Trukikaitis_Postimees, lk 19
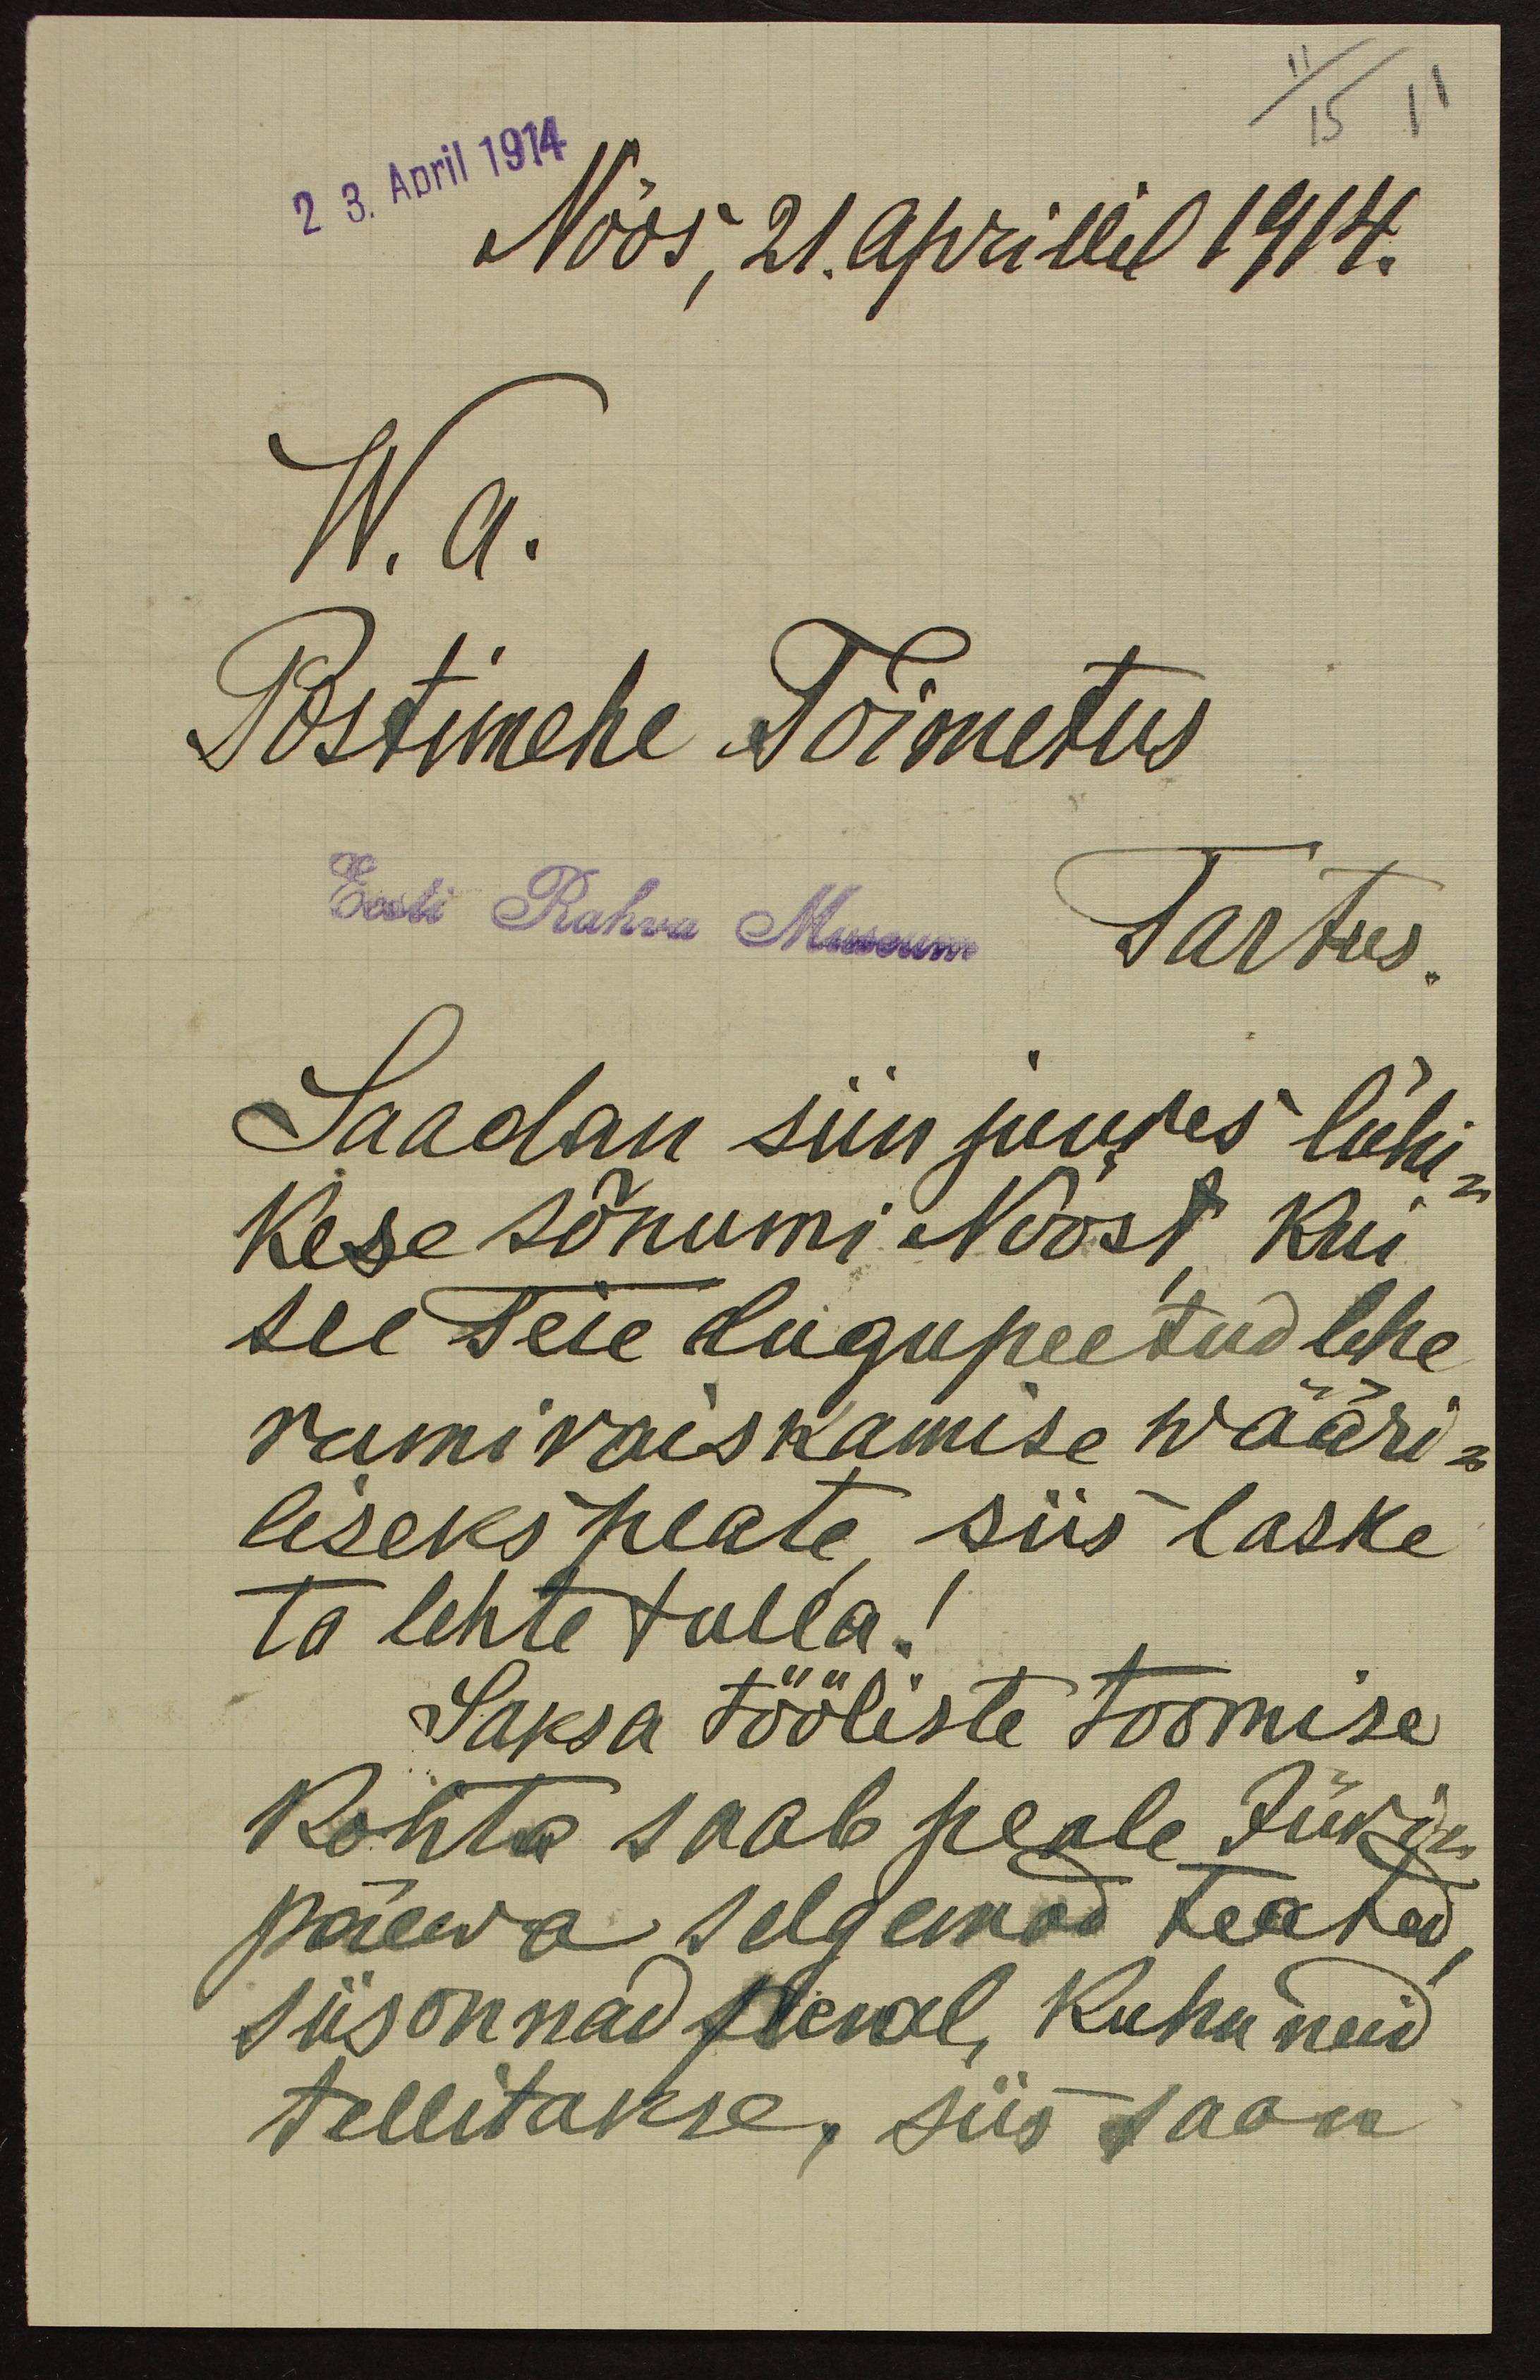
23. April 1914
Nõos 21. aprillil 1914.
W. a.
Postimehe Toimetus
Eest Rahva Museum
Tartus.
Saadan siin juures lühi-
kese sõnumi Nõost kui
see Teie lugupeetud lehe
rumi raiskamise wääri-
liseks peate, siis laske
ta lehte tulla.
Saksa tööliste toomise
kohta saab peale Jüri-
päewa selgemad teated,
siis on nad penal, kuhu neid
tellitakse, siis saan